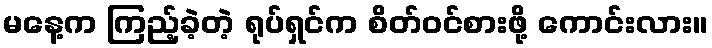
မနေ့က ကြည့်ခဲ့တဲ့ ရုပ်ရှင်က စိတ်ဝင်စားဖို့ ကောင်းလား။